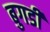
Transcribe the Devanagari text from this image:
बुगडी